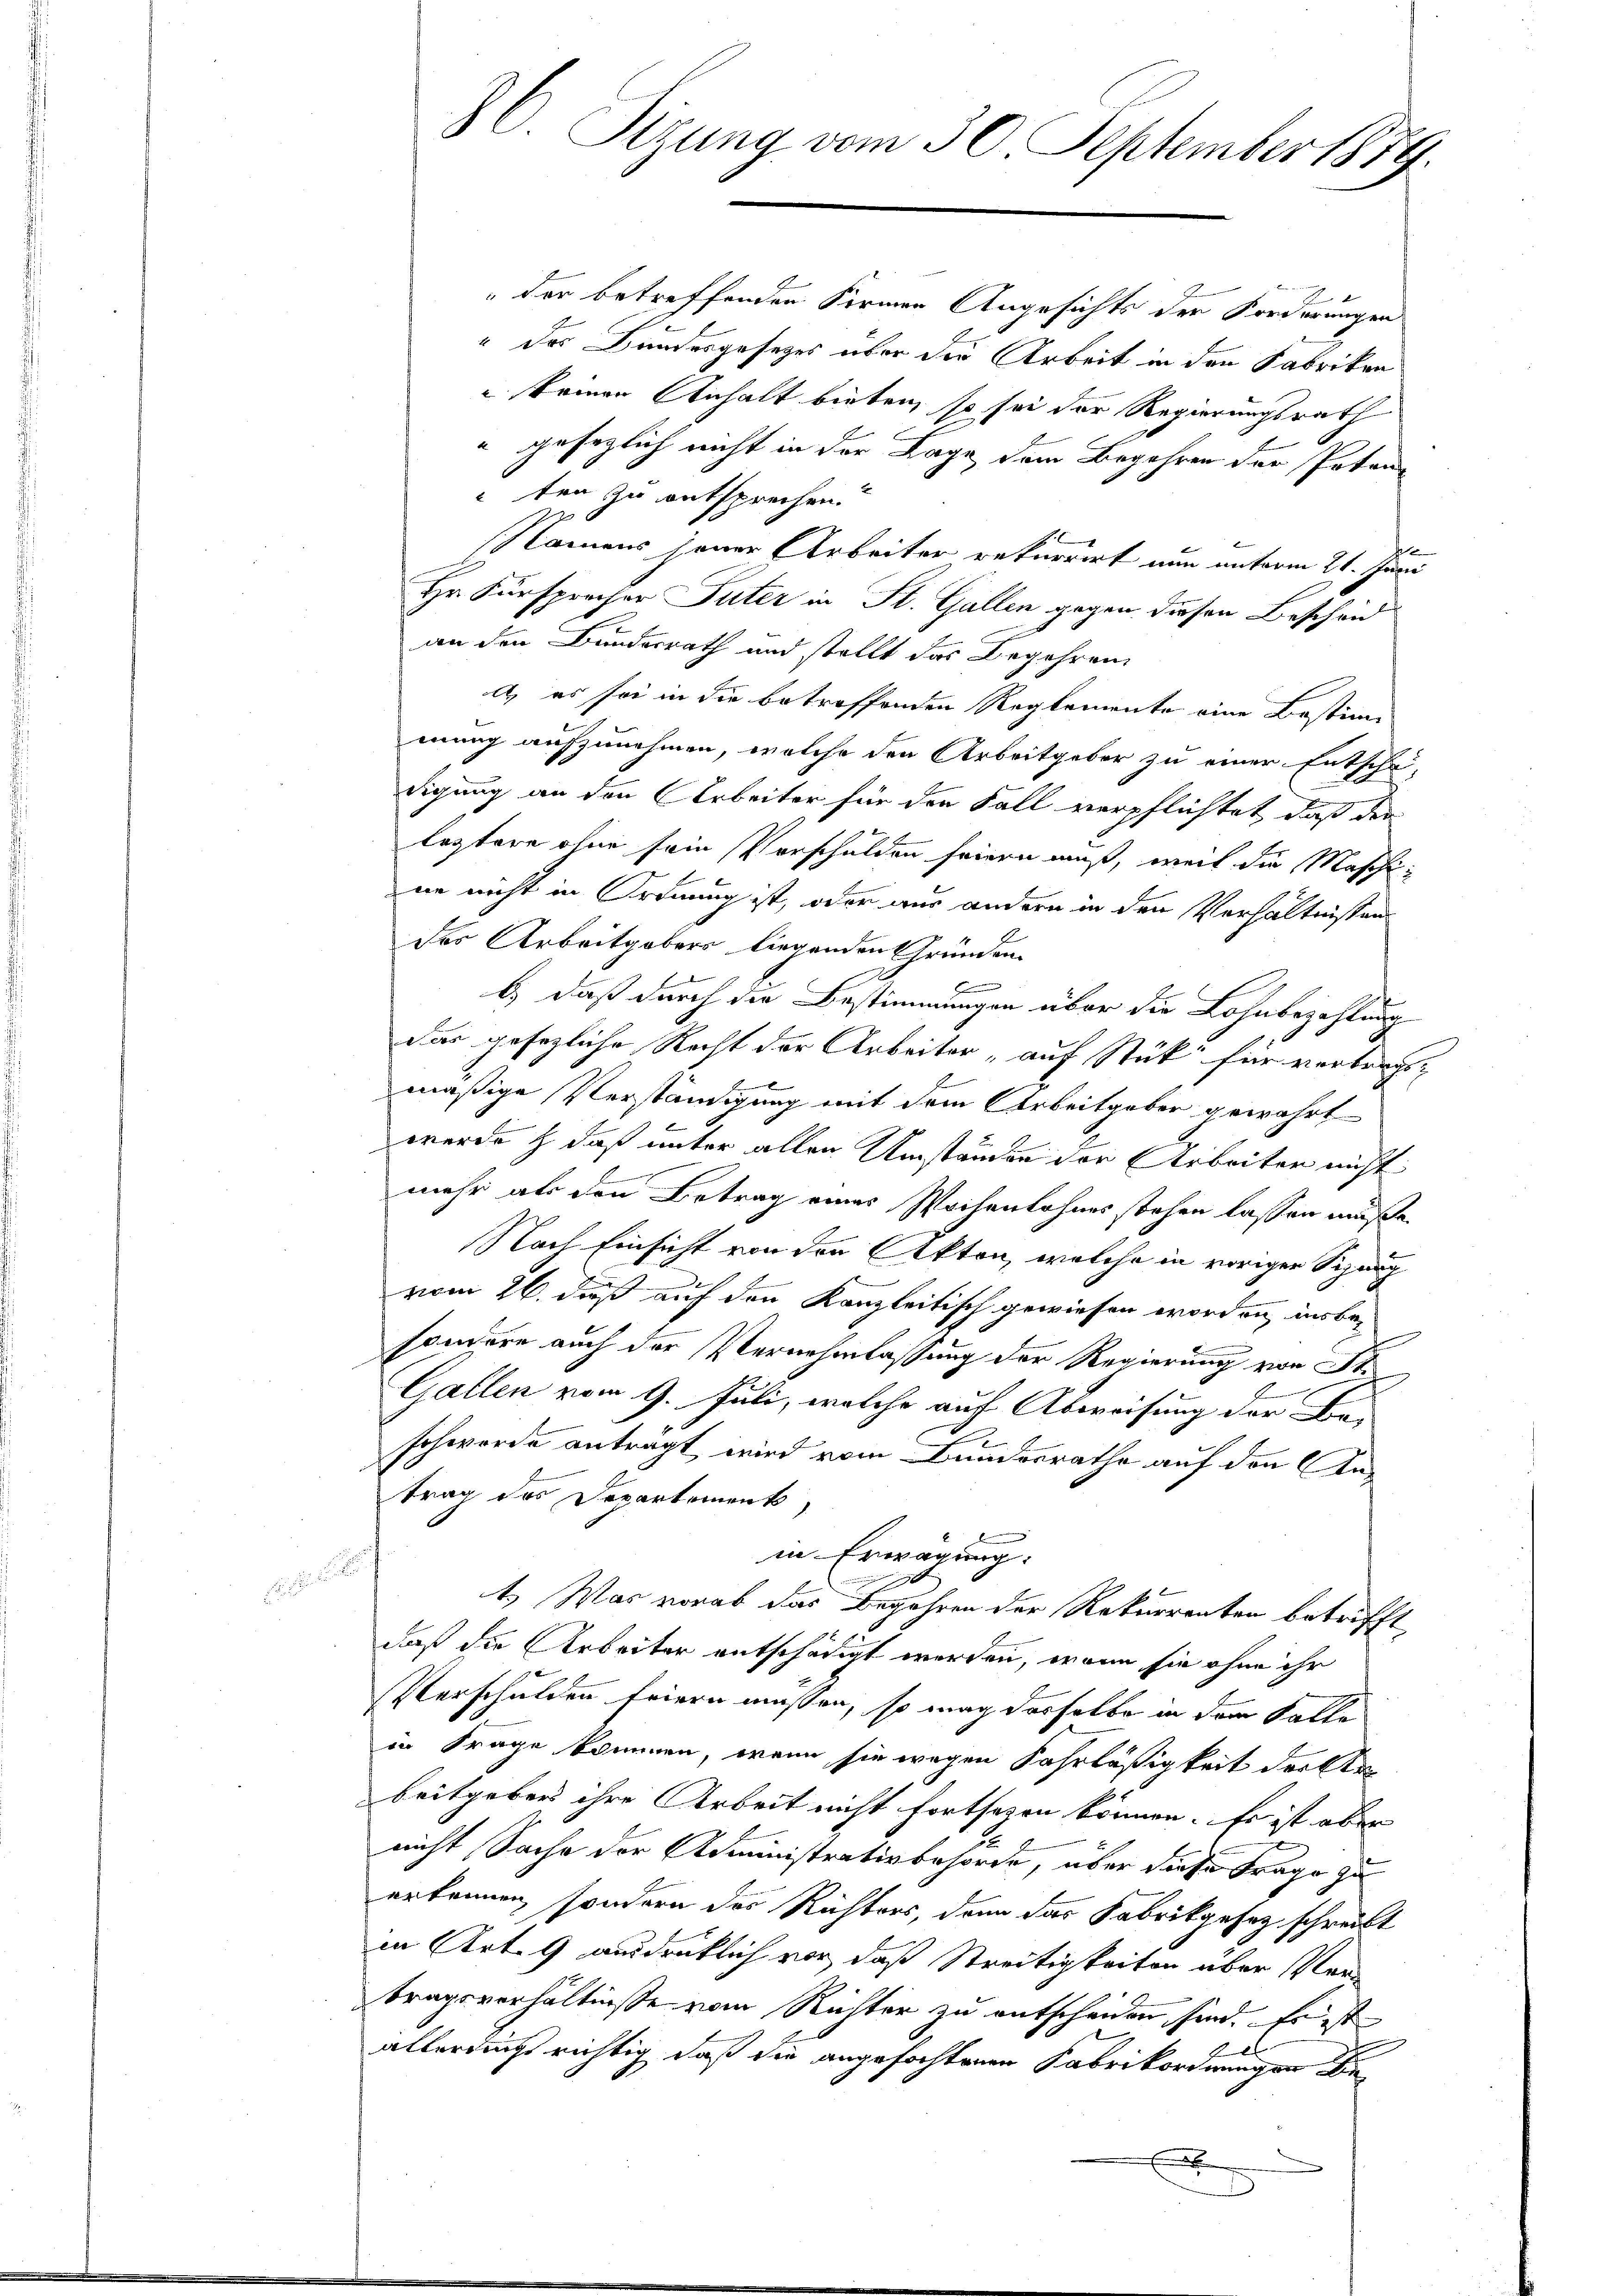
e

86. Sizung vom 30. September 1889.

der betreffenden Formen Angesichts der Forderungen
" des Bundesgesetzes über der Arbeit in den Fabriken
 keinen Anhalt bieten, so sei der Regierungsrath
" gesezlich nicht in der Lage dem Begehren der Poten
ten zu entsprechen.
e
Namens jener Arbeiter rekurrirt nun unterm 21. Juni
Hr. Fürsprecher Suter in St. Gallen, gegen diesen Bescheid
an den Bundesrath und stellt das Begehren
A) es sei in die betreffenden Reglemente eine Bestimi
mung aufzunehmen, welche den Arbeitgeber zu einer Entschä-
digung an den Arbeiter für den Fall verpflichtet, daß der
leztere ohne sein Verschulden feiern muß, weil die Maschi
ne nicht in Ordnung ist, oder aus andern in den Verhältnissens
der Arbeitgebers liegenden Gründen
E
b) daß durch die Bestimmungen über die Lohnbezahlung
das gesezliche Recht der Arbeiter „auf Stück für vertragt,
mäßige Verständigung mit dem Arbeitgeben gewährt
werde & daß unter allen Umständen der Arbeiter nicht
mehr als den Betrag eines Wochenlohnes stehen lassen müße,
Nach Einsicht von den Akten, welche in voriger Sizung
vom 26. daß auf den Kanzleitisch gewiesen worden, insbesondern auch der Vernehmlassung der Regierung von St
Gallen vom 9. Juli, welche auf Abweisung der Be-
schwerde antragt wird vom Bundesrathe auf den Antrag des Departement,
in Erwägung:
s
mden
1.) Was vorab das Begehren der Rekurrenten betrifft
daß die Arbeiter entschädigt werden, wenn sie ohne ihr
Verschulden feiern müssen, so mag derselbe in dem Falle
in Frage kommen, wenn sie wegen Fahrläßigkeit dritten
beitgeben ihre Arbeit nicht fortsezen können. Es ist aber
2
nicht Sache der Administrativbehörde, über diese Frage zu
erkennen, sondern das Richters, dann das Fabrikgesez schreibt
in Art. 9 ausdrüklich vor, daß Streitigkeiten über Vertragsverhältnisse vom Richter zu entscheiden, sind. Es ist
E
allerdings richtig, daß die angefochtenen Fabrikordnungen Bex